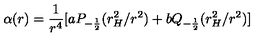
\alpha ( r ) = \frac { 1 } { r ^ { 4 } } [ a P _ { - \frac { 1 } { 2 } } ( r _ { H } ^ { 2 } / r ^ { 2 } ) + b Q _ { - \frac { 1 } { 2 } } ( r _ { H } ^ { 2 } / r ^ { 2 } ) ]